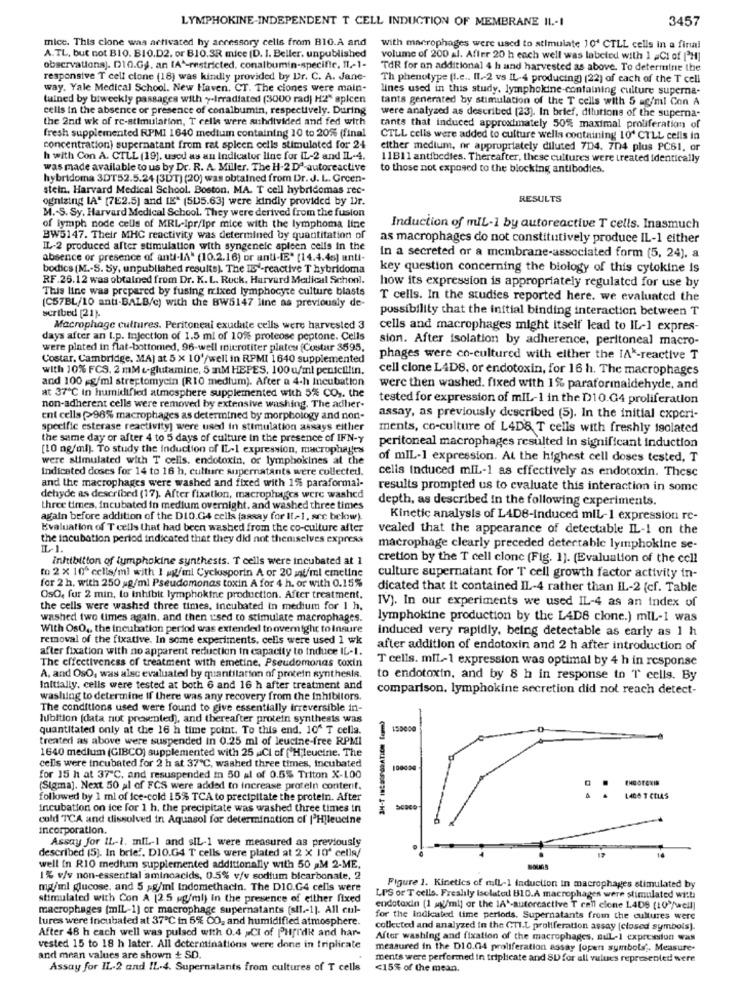
LYMPHOKINE-INDEPENDENT T CELL INDUCTION OF MEMBRANE IL .- I
3457
mice. This clone was activated hy accessory cells from B10.A and
with macrophages were used to stimulate 10' CTLL cells in a final
A.TL, but not BIO. B10.D2. or B10.33 mice (D. I. Beller, unpublished
volume of 200 al. Affer 20 h each well was labeled with 1 aCI of [H]
observations]. [10.G ., an [A"-restricted, conalbumin-specific. 11-1-
TAR for an additional 4 h and harvested as above. To determine the
responsive T cell clone (18) was kindly provided by Dr. C. A. Jane-
Th phenotype [I.e .. Il .- 2 vs IL-4 producing) (22) of each of the T cell
way. Yale Medical School. New Haven, CT. The ciones were main-
lines used in this study. lymphokine-containing culture superna-
tained by biweekly passages with ~- Irradiated (3000 rad] H2" spicen
tants generated by stimulation of the T cells with 5 ag/ml Con A
cells in the absence or presence of conalbumin, respectively. During
the 2nd wk of re-stimulation, T cells were subdivided and fed with
were analyzed as described [23). In brief, dilutions of the superna-
fresh supplemented RPMI 1640 medium containing 10 to 20% (final
tants that induced approximately 50% maximal proliferation of
CTLL cells were added to culture wella containing 10' CTLL cells in
concentration) supernatant from rat spleen cells stimulated for 24
either medium, or appropriately diluted 7D4. 704 plus PC61, or
h with Con A. CTLL (19), used as an indicator line for IL-2 and IL-4.
11B11 antibodies. Thereafter, these cultures were treated identically
was made available to us by Dr. R. A. Miller. The H-2 Dª-autoreactive
to those not exposed to the blocking antibodies.
hybridoma 3DT52.5.24 (3DT) (20) was obtained from Dr. J. L. Green-
stein, Harvard Medical School. Boston, MA. T cell hybridomas rec-
ognizing IA" [7E2.5) and [E" (505.63] were kindly provided by Dr.
RESULTS
M .- S. Sy, Harvard Medical School. They were derived from the fusion
of lymph node cells of MRL-Ipr/Ipr mice with the lymphoma line
Induction of mIL-1 by autoreactive T cells. Inasmuch
BW5147. Their MHC reactivity was determined by quantitation of
as macrophages do not constitutively produce IL-1 either
IL-2 produced after stimulation with syngeneic spleen cells in the
absence or presence of anti-IA" (10.2.16) or anti-IE" (14.4.45] anti-
In a secreted or a membrane-associated form (5, 24). a
bodics (M .- S. Sy, unpublished results). The IB'-reactive T hybridoma
key question concerning the biology of this cytokine is
RF.26.12 was obtained from Dr. K. L. Rock, Harvard Medical School.
how its expression is appropriately regulated for use by
This line was prepared by fusing mixed lymphocyte culture blasts
(C57BL/10 anti-BALB/c) with the BW5147 line as previously de-
T cells. In the studies reported here. we evaluated the
scribed [21].
possibility that the initial binding interaction between T
Macrophage cultures. Peritoneal exudate cells were harvested 3
cells and macrophages might itself lead to IL-1 expres-
days after an I.p. Injection of 1.5 ml of 10% proteose peptone. Cells
sion. After isolation by adherence, peritoneal macro-
were plated in flat-bottomed, 96-well microtiter plates (Costar 3595.
Costar, Cambridge, MA] at 5 x 10'/well in RPMI 1640 supplemented
phages were co-cultured with either the IA *- reactive T
with 10% FCS, 2 mM e-glutamine, 5 mM HEPES, 100 u/ml penicillin.
cell clone LADS, or endotoxin, for 16 h. The macrophages
and 100 g/ml streptomycin [R10 medium). After a 4-h Incubation
were then washed. fixed with 1% paraformaldehyde, and
at 37℃ in humidified atmosphere supplemented with 5% CO ,. the
tested for expression of mIL-1 in the D10.G4 proliferation
non-adherent cells were removed by extensive washing. The adher-
ent cells (>98% macrophages as determined by morphology and non-
assay, as previously described (5). In the initial experi-
specific esterase reactivityj were used in stimulation assays either
ments, co-culture of L4D& T cells with freshly isolated
the same day or after 4 to 5 days of culture in the presence of IFN-y
[10 ng/ml). To study the Induction of IL-1 expression, macrophages
peritoneal macrophages resulted in significant induction
were stimulated with T cells. endotoxin, or lymphokines at the
of mIL-1 expression. At the highest cell doses tested, T
Indicated doses for 14 to 16 h, culture supernatants were collected !.
cells induced miL-1 as effectively as endotoxin. These
and the macrophages were washed and fixed with 1% paraformal-
results prompted us to evaluate this interaction in some
dehyde as described (17). After fixation, macrophages were washed
depth, as described in the following experiments.
three times, incubated in medium overnight, and washed three times
again before addition of the D1O.G4 cells (assay for Il-1, see below).
Kinetic analysis of LADB-Induced mil-1 expression re-
Evaluation of T cells that had been washed from the co-culture after
vealed that the appearance of detectable IL-1 on the
the incubation period indicated that they did not theniselves express
IL-1.
macrophage clearly preceded detectable lymphokine se-
inhibition of lymphokine synthesis. T cells were incubated at 1
cretion by the T cell clone (Fig. 1]. (Evaluation of the cell
to 2 x 10º cells/mi with I ag/ml Cyclosporin A or 20 af/ml emeline
culture supernatant for T cell growth factor activity in-
for 2 h. with 250 ag/ml Pseudomonas toxin A for 4 h. or with 0.15%
dicated that it contained IL-4 rather than IL-2 (cf. Table
OsO, fur 2 min, to inhibit lymphokine production. After treatment.
the cells were washed three times, incubated in medium for 1 h.
IV). In our experiments we used IL-4 as an index of
washed two times again, and then used to stimulate macrophages.
lymphokine production by the L4D8 clone.) mlL-1 was
With OsO ., the incubation period was extended to overnight to Insure
induced very rapidly, being detectable as early as 1 h
removal of the fixative. In some experiments, cells were used 1 wk
after fixation with no apparent reduction in capacity to induce IL-1.
after addition of endotoxin and 2 h after introduction of
The effectiveness of treatment with emetine. Pseudomonas coxin
T cells. mil-1 expression was optimal by 4 h in response
A, and OsO, was alsc evaluated by quantitation of protein synthesis.
to endotoxin, and by 8 h in response to T cells. By
Initially, cells were tested at both 6 and 16 h after treatment and
comparison. lymphokine secretion did not reach detect-
washing to determine If there was any recovery from the Inhibitors.
The conditions used were found to give essentially irreversible in-
hubition (data nut presented), and thereafter protein synthesis was
quantitated only at the 16 h time point. To this end. 10" T cella.
150000
treated as above were suspended in 0.25 ml of leucine-free RPMI
1640 medium (GIBCO) supplemented with 25 Cl of ("Hleucine. The
cells were incubated for 2 h at 37℃, washed three times, incubated
100000
for 15 h at 37"℃, and resuspended in 50 al of 0.5% Triton X-100
INDOTEKIN
(Sigma]. Next 50 al of FCS were added to increase protein content.
followed by 1 ml of ice-cold 15% TCA to precipitate the protein. After
1400 T CELLS
incubation on ice for 1 h. the precipitate was washed three times in
cold TCA and dissolved in Aquasol for determination of ['Hjleucine
incorporation.
Assay for IL-1. mIL-1 and sIL-1 were measured as previously
described (5). In brief. DIO.G4 T cells were plated at 2 X 10' cella/
well in RIO medium supplemented additionally with 50 M 2-ME,
1% v/v non-essential aminoacids, 0.5% v/v sodium bicarbonate, 2
mg/ml glucose, and 5 ;g/ml Indomethacin. The D10.G4 cells were
Figure 1. Kinetics of miL-1 induction in macrophages stimulated by
stimulated with Con A [2.5 g/ml) In the presence of either fixed
LPS or T cells. Freally Isolated B10.A macrophages were stimulated with
macrophages (mIL-1) or macrophage supernatants (s/l .- 1]. All cul-
endotoxin [1 mg/ml] or the IA *- autorcactive T call clone L4D8 (10 /well)
tures were incubated at 37℃ in 6% CO, and humidified atmosphere.
for the Indicated time periods. Supernatants from the cultures were
After 48 h each well was pulsed with 0.4 Cl of PHfrdk and har-
collected and analyzed in the CTI.L proliferation assay [closed symbols).
After washing and fixation of the macrophages, auL-1 expression was
vested 15 to 18 h later. All determinations were done in triplicate
measured in the D10.04 proliferation assay [opent symbols". Measure-
and mean values are shown + SD.
ments were performed in triplicate and SD for all values represented were
Assay for IL-2 and IL-4. Supernatants from cultures of T cells
<15% of the mean.